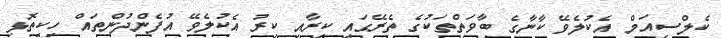
ކެލްސިއަމް އެކުލެވޭ ކާނާގެ ބާވަތްތަކުގެ ތެރޭގައި ކިރާއި ކިރު އެކުލެވޭ އުފެންދުންތައް ހިކިތޮޅި